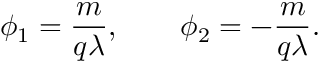
\phi _ { 1 } = \frac { m } { q \lambda } , \qquad \phi _ { 2 } = - \frac { m } { q \lambda } .